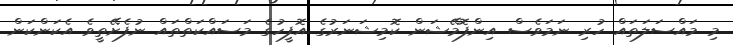
މި މައްސަލަތައް ހުރި ނަމަވެސް އިންފޮމޭޝަން ކޮމިޝަނަރުގެ އޮފީހުގެ މަސައްކަތްތައް ނުފެށޭތީވެ އެކަންކަން